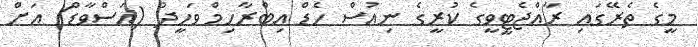
މީގެ ތެރޭގައި ރާއްޖެޓީވީގެ ކުރީގެ ނިއުސް ހެޑް އިބްރާހިމް ވަހީދު (އަސްވާޑް) އަށް